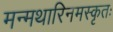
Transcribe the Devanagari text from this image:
मन्मथारिनमस्कृतः